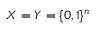
X = Y = \{ 0 , 1 \} ^ { n }